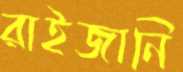
রাইজানি